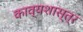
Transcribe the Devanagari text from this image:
काव्‍यशास्‍त्र